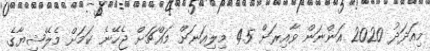
މިއަދަދު 2020 އަންނަން ވާއިރަށް 4.5 މިލިއަނަށް މައްޗަށް ޖެހޭނެ ކަމަށް މެލޭޝިޔާގެ